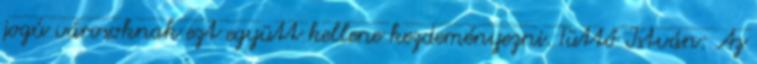
jogú városoknak ezt együtt kellene kezdeményezni. Tüttő István: Az